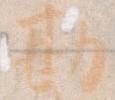
勘